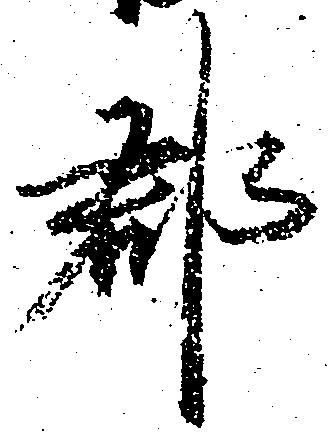
郡